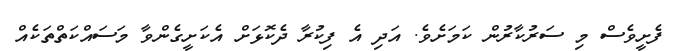
ފެށީވެސް މި ސަރުކާރުން ކަމަށެވެ. އަދި އެ ފިކުރާ ދެކޮޅަށް އެކަށީގެންވާ މަަސައްކަތްތަކެއް